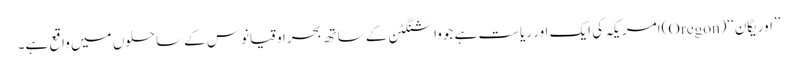
’’اوریگان‘‘(Oregon)امریکہ کی ایک اور ریاست ہے جوواشنگٹن کے ساتھ بحراوقیانوس کے ساحلوں میں واقع ہے۔